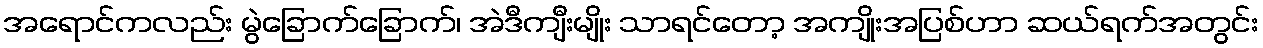
အရောင်ကလည်း မွဲခြောက်ခြောက်၊ အဲဒီကျီးမျိုး သာရင်တော့ အကျိုးအပြစ်ဟာ ဆယ်ရက်အတွင်း